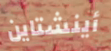
أينشتاين